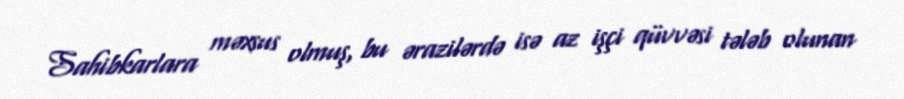
Sahibkarlara məxsus olmuş, bu ərazilərdə isə az işçi qüvvəsi tələb olunan